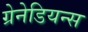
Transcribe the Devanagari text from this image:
ग्रेनेडियन्स